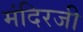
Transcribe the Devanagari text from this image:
मंदिरजी